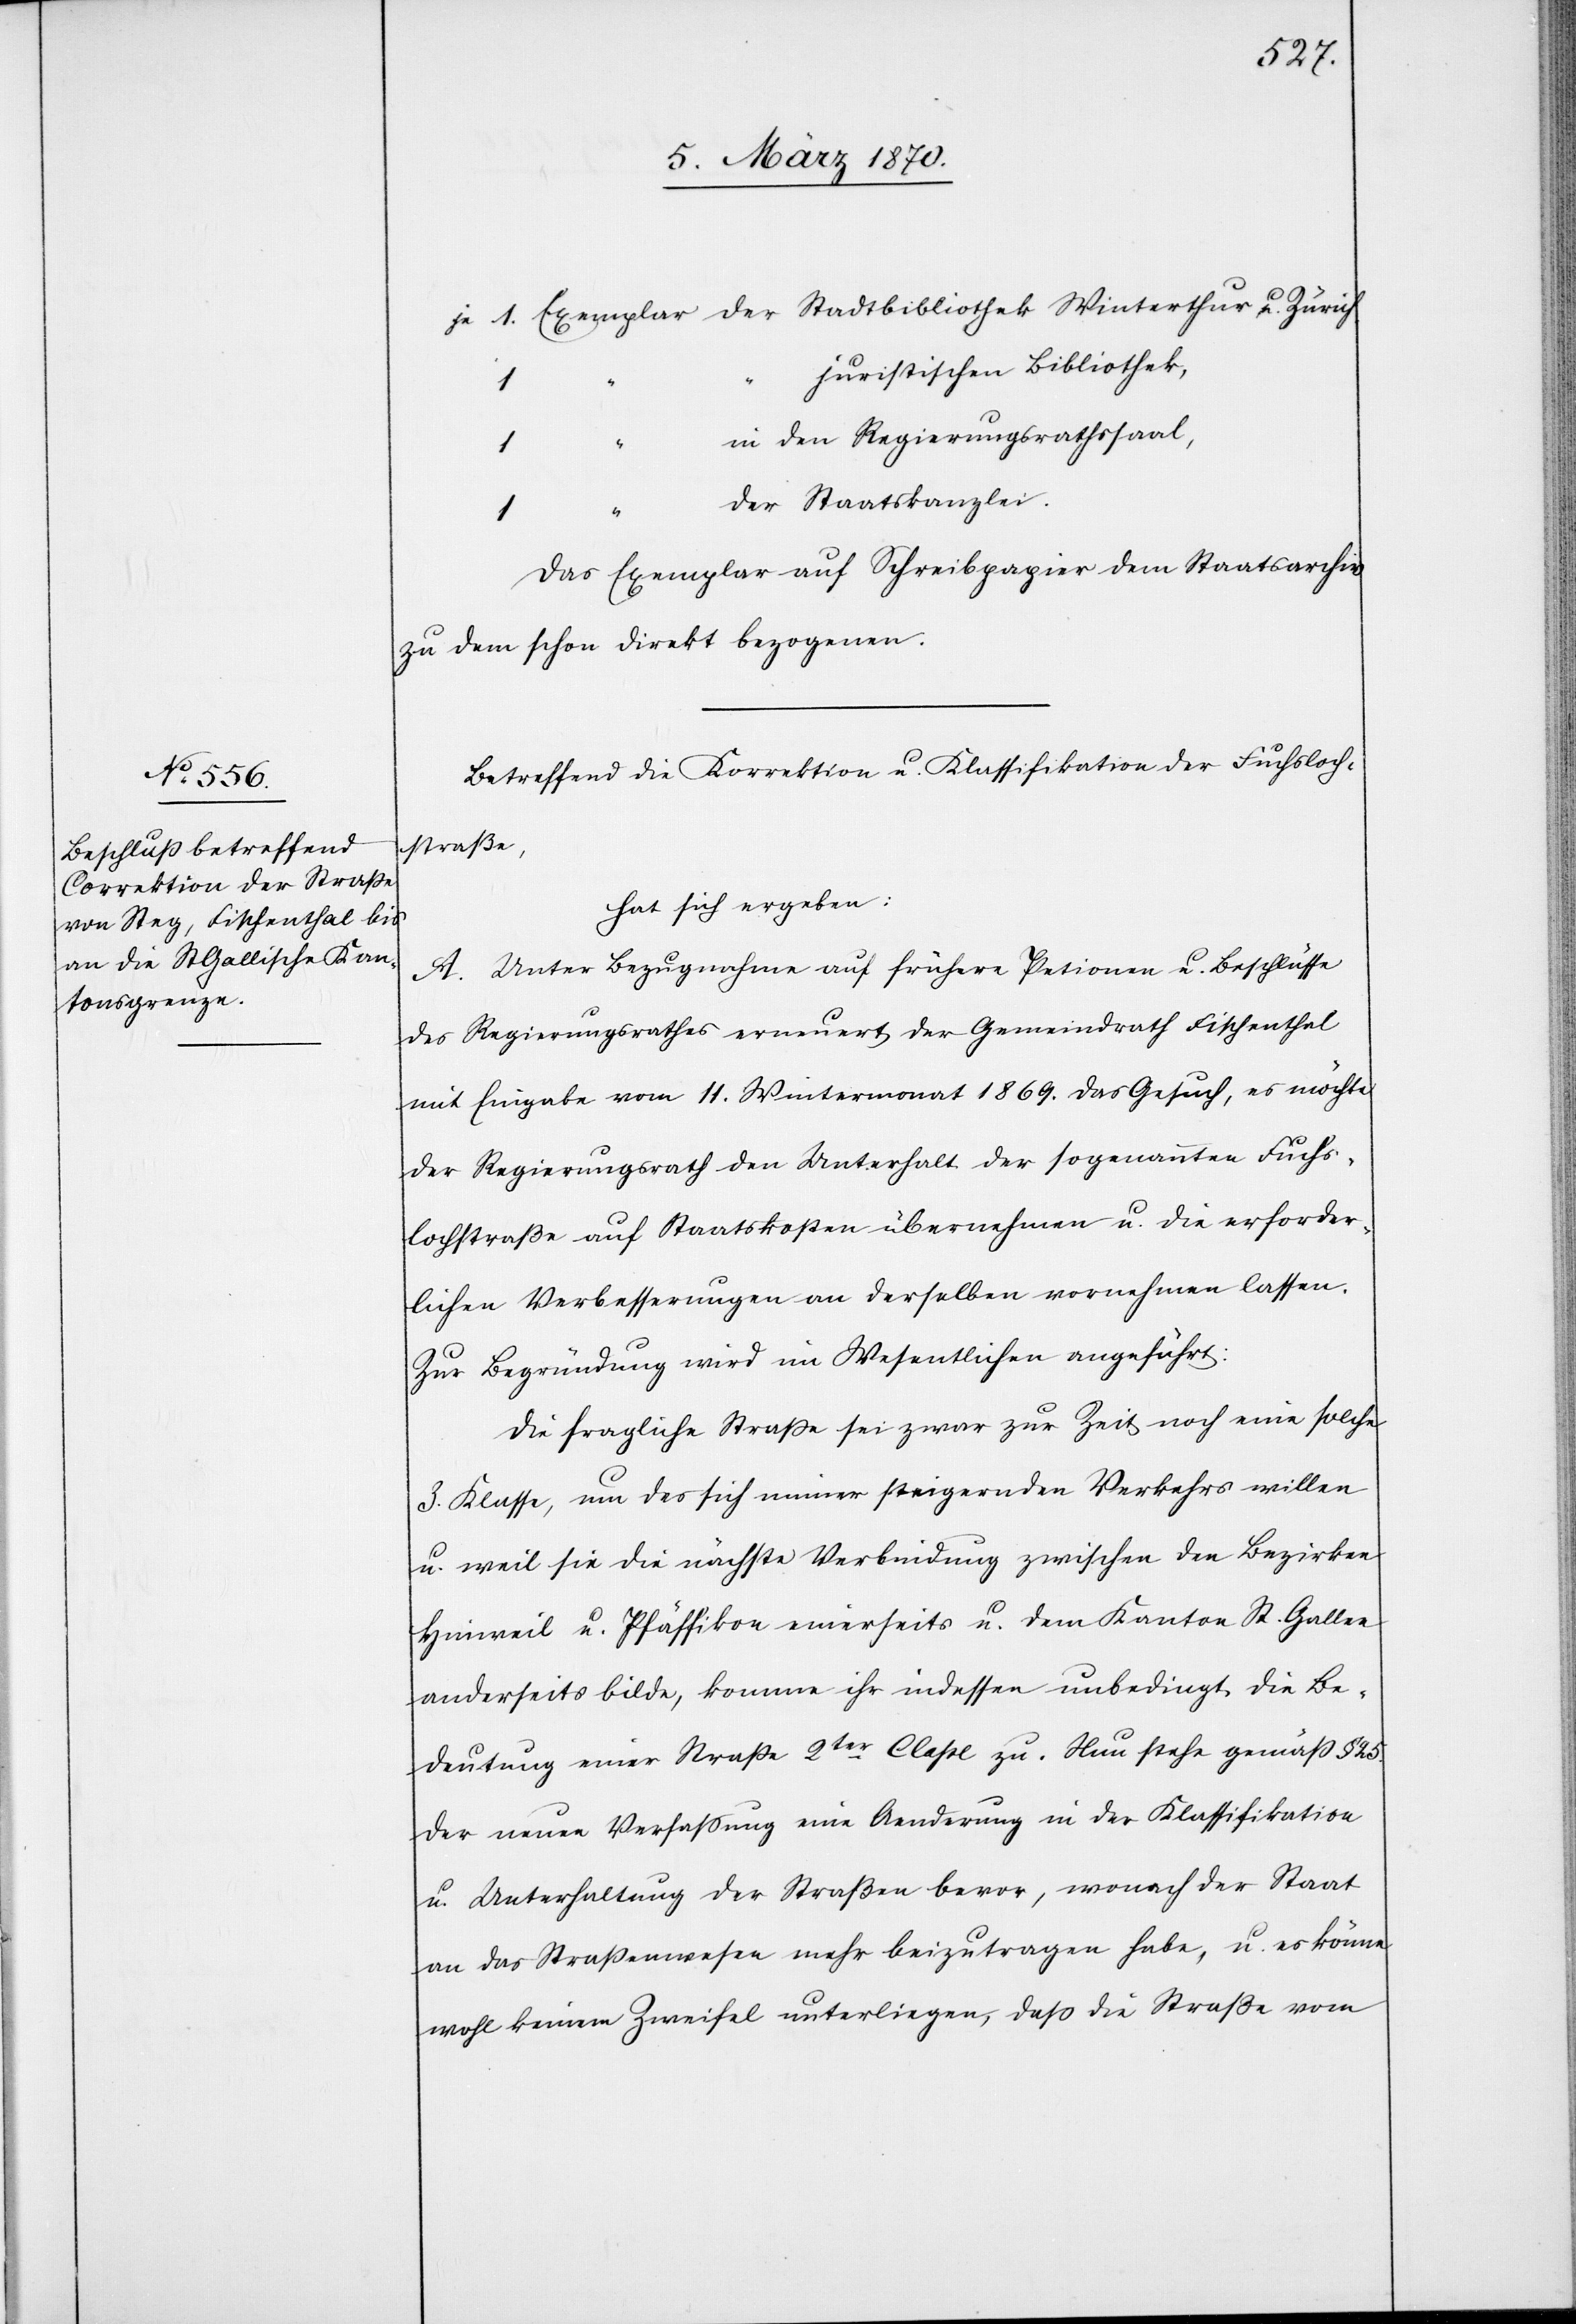
je 1. Exemplar der Stadtbibliothek Winterthur u. Zürich
juristischen Bibliothek,
1
in den Regierungsrathssaal,
der Staatskanzlei.
Das Exemplar auf Schreibpapier dem Staatsarchiv
zu dem schon direkt bezogenen.
Betreffend die Korrektion u. Klassifikation der Fuchsloch¬
straße,
hat sich ergeben:
A. Unter Bezugnahme auf frühere Petionen [sic!] u. Beschlüsse
des Regierungsrathes erneuert der Gemeindrath Fischenthal
mit Eingabe vom 11. Wintermonat 1869. das Gesuch, es möchte
der Regierungsrath den Unterhalt der sogenannten Fuchs¬
lochstraße auf Staatskosten übernehmen u. die erforder¬
lichen Verbesserungen an derselben vornehmen lassen.
Zur Begründung wird im Wesentlichen angeführt:
Die fragliche Straße sei zwar zur Zeit noch eine solche
3. Klasse, um des sich immer steigernden Verkehrs willen
u. weil sie die nächste Verbindung zwischen den Bezirken
Hinweil u. Pfäffikon einerseits u. dem Kanton St. Gallen
anderseits bilde, komme ihr indessen unbedingt die Be¬
deutung einer Straße 2ter Claße zu. Nun stehe gemäß § 25.
der neuen Verfaßung eine Aenderung in der Klassifikation
u. Unterhaltung der Straßen bevor, wonach der Staat
an das Straßenwesen mehr beizutragen habe, u. es könne
wohl keinem Zweifel unterliegen, daß die Straße vom